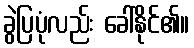
ခွဲပြပုံလည်း ခေါ်နိုင်၏။